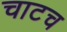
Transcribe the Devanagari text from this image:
चाटच